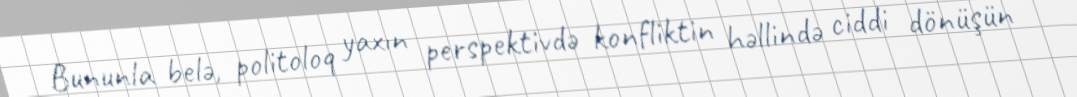
Bununla belə, politoloq yaxın perspektivdə konfliktin həllində ciddi dönüşün